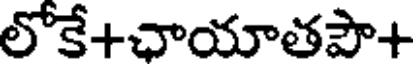
లోకే+ఛాయాతపా+